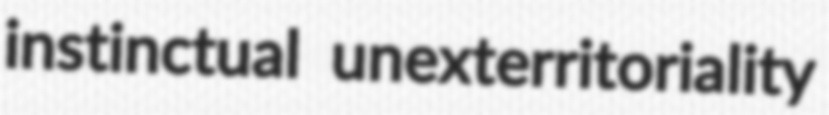
instinctual unexterritoriality